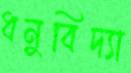
ধনুবিদ্যা